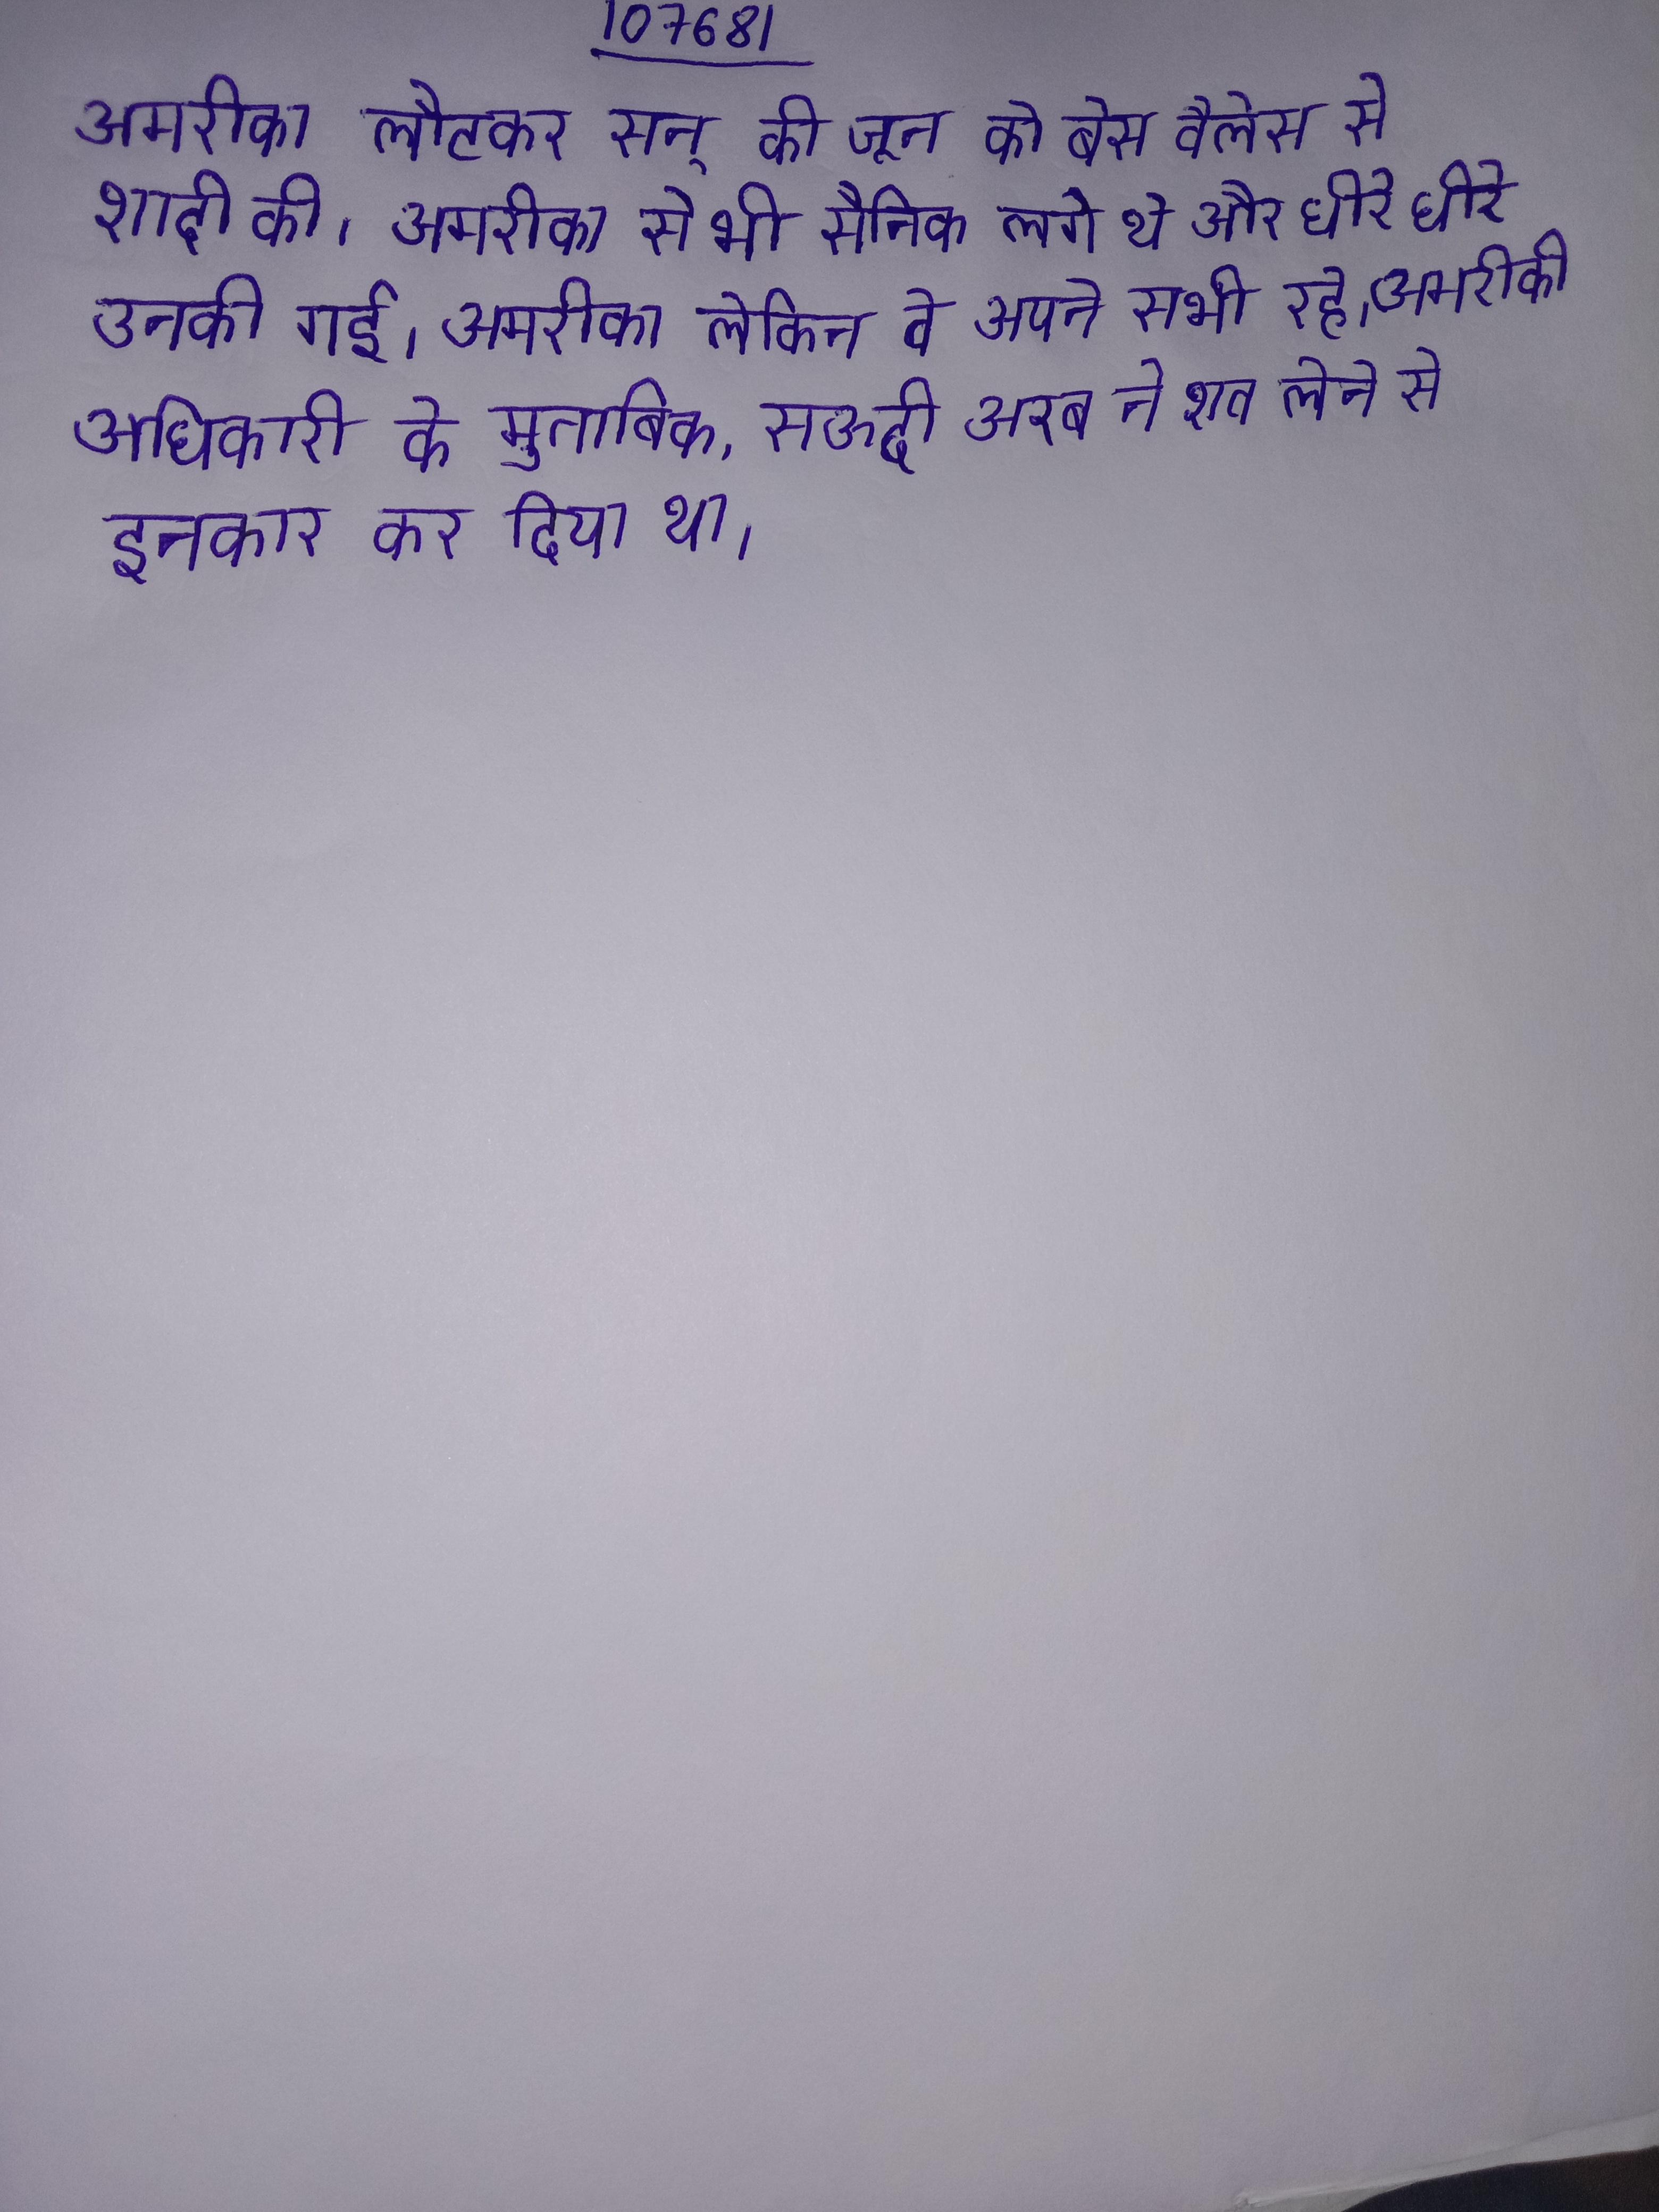
अमरीका लौटकर सन् की जून को बेस वैलेस से शादी की । अमरीका से भी सैनिक लगे थे और धीरे धीरे उनकी गई । अमरीका लेकिन वे अपने सभी रहे । अमरीकी अधिकारी के मुताबिक, सऊदी अरब ने शव लेने से इनकार कर दिया था ।